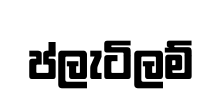
ප්ලැටිලම්